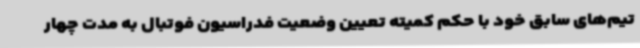
تیم‌های سابق خود با حکم کمیته تعیین وضعیت فدراسیون فوتبال به مدت چهار